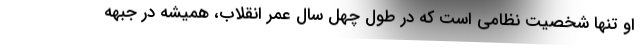
او تنها شخصیت نظامی است که در طول چهل سال عمر انقلاب، همیشه در جبهه